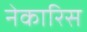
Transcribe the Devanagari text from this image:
नेकारिस